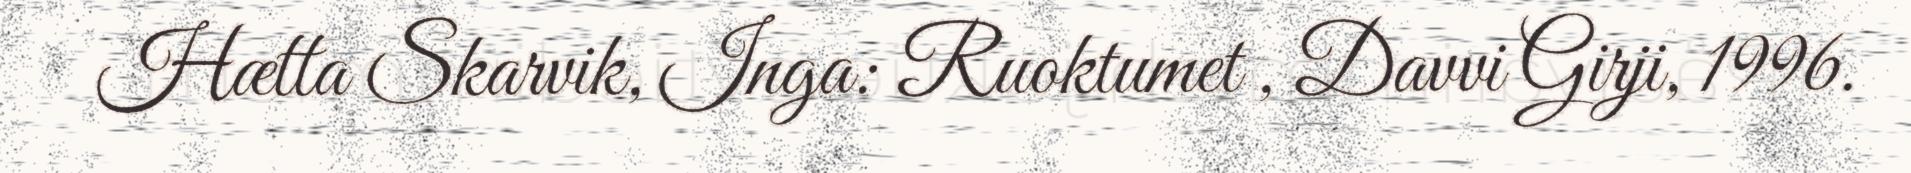
Hætta Skarvik, Inga: Ruoktumet , Davvi Girji, 1996.